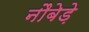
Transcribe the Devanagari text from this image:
नौबेड़े